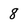
Character: 8